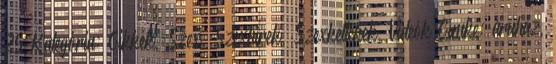
25 Kategória: Cikkek, Szex, Szexhírek, Szexkellékek, Videók Címke: áruház,